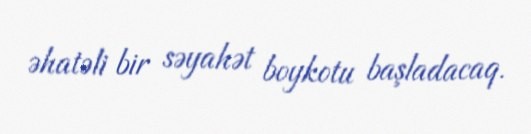
əhatəli bir səyahət boykotu başladacaq.